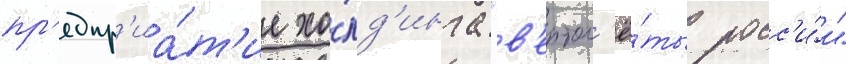
пр'едпр'иа́т'ие хо́лд'инга "в'ертол'ё́ты росс'и́и"